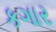
કગાર